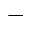
_ -